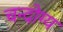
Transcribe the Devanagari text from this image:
चन्दोग्य